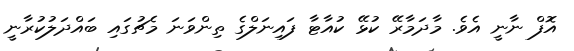
އޮފް ނާނީ އެވެ. މާދަމާރޭ ކުޅޭ ކުއާޓާ ފައިނަލްގެ ތިންވަނަ މެޗުގައި ބައްދަލުކުރާނީ